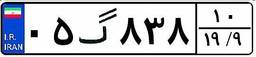
۸۴گ۸۵۰۳۰